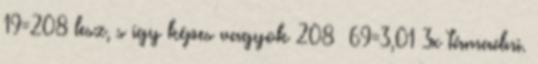
19=208 lesz, s így képes vagyok 208 69=3,01 3x támadni.